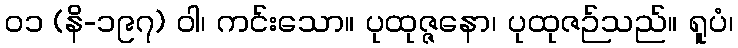
၀၁ (နိ-၁၉၇) ဝါ၊ ကင်းသော။ ပုထုဇ္ဇနော၊ ပုထုဇဉ်သည်။ ရူပံ၊